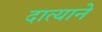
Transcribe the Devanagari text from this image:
दात्याने